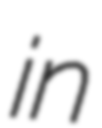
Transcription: in